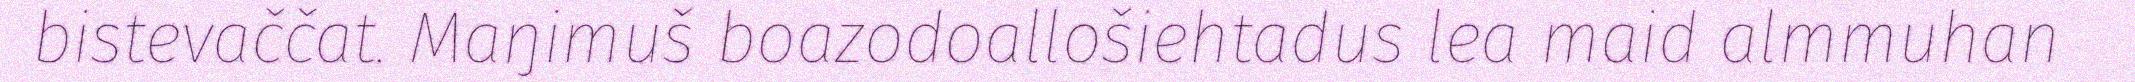
bistevaččat. Maŋimuš boazodoallošiehtadus lea maid almmuhan